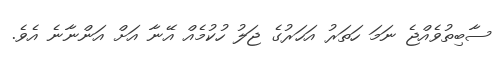
ސާބިތުވެއްޖެ ނަމަ ހަތަރު އަހަރުގެ ޖަލު ހުކުމެއް އޭނާ އަށް އަންނާނެ އެވެ.